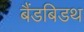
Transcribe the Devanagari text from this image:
बैंडबिडथ